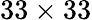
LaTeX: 33\times 33